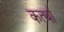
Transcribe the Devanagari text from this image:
कत्थां